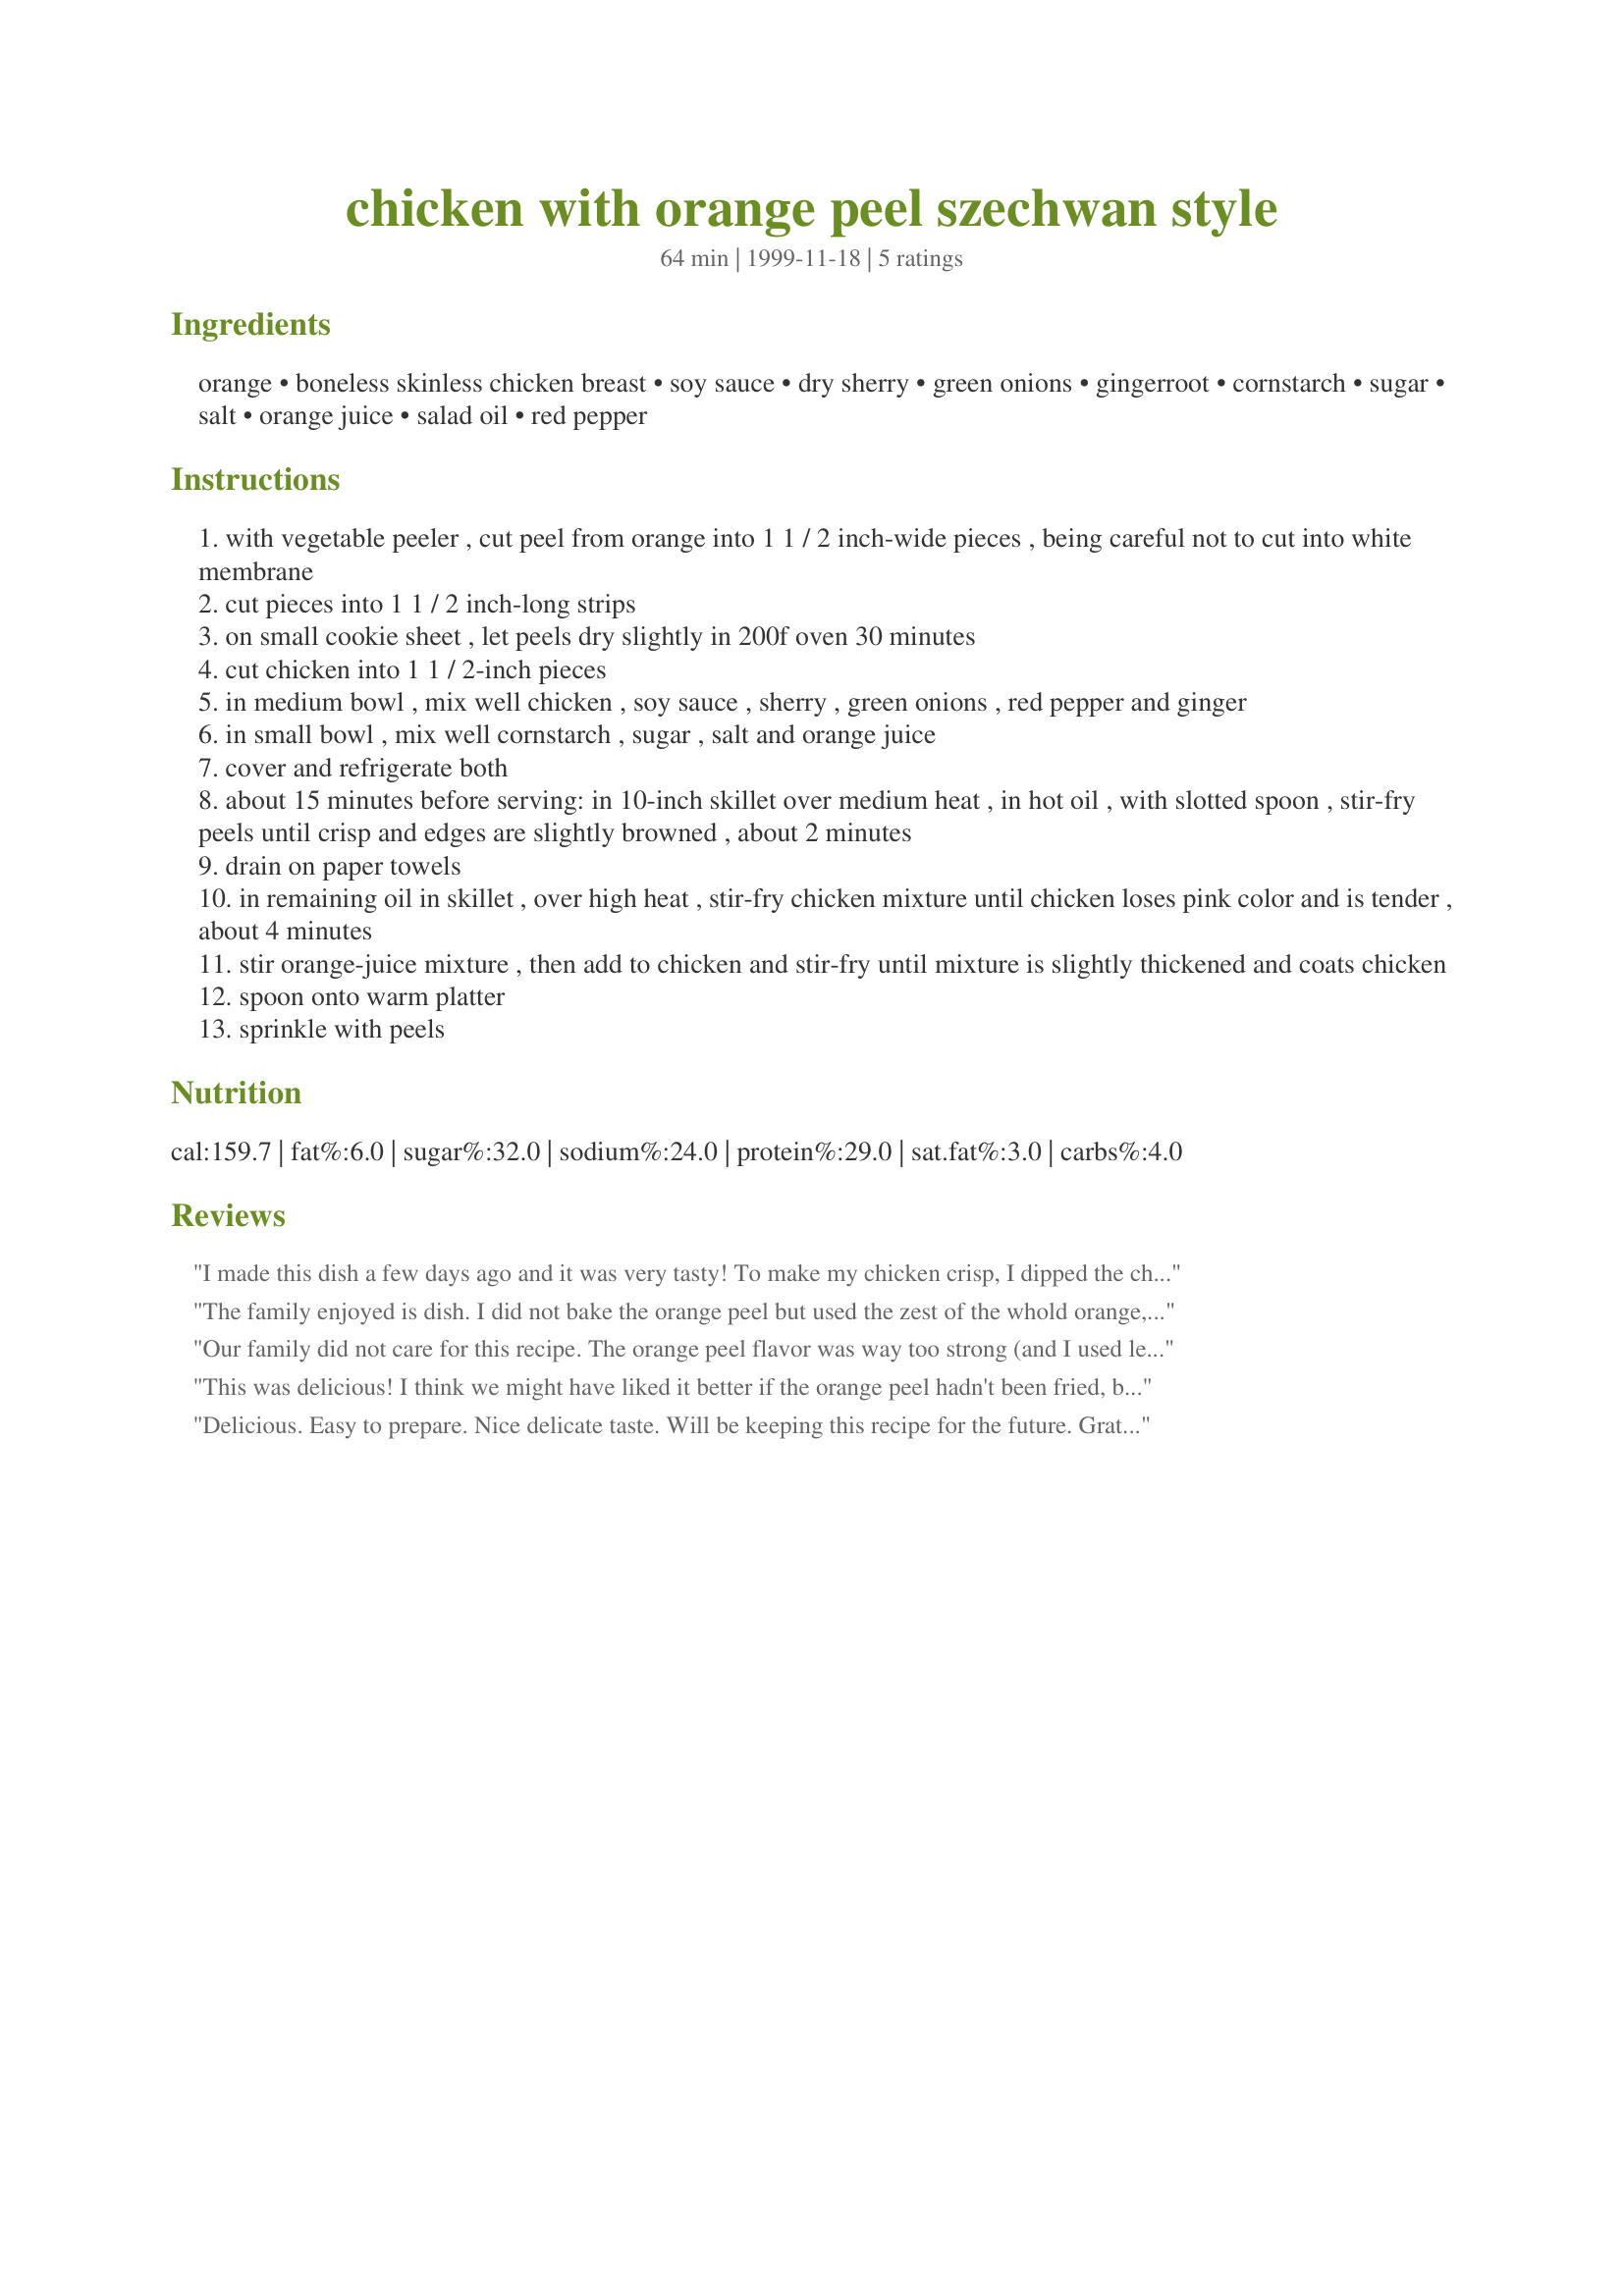
chicken with orange peel szechwan style
Preparation time: 64 minutes

Ingredients:
orange, boneless skinless chicken breast, soy sauce, dry sherry, green onions, gingerroot, cornstarch, sugar, salt, orange juice, salad oil, red pepper

Steps:
with vegetable peeler , cut peel from orange into 1 1 / 2 inch-wide pieces , being careful not to cut into white membrane
cut pieces into 1 1 / 2 inch-long strips
on small cookie sheet , let peels dry slightly in 200f oven 30 minutes
cut chicken into 1 1 / 2-inch pieces
in medium bowl , mix well chicken , soy sauce , sherry , green onions , red pepper and ginger
in small bowl , mix well cornstarch , sugar , salt and orange juice
cover and refrigerate both
about 15 minutes before serving: in 10-inch skillet over medium heat , in hot oil , with slotted spoon , stir-fry peels until crisp and edges are slightly browned , about 2 minutes
drain on paper towels
in remaining oil in skillet , over high heat , stir-fry chicken mixture until chicken loses pink color and is tender , about 4 minutes
stir orange-juice mixture , then add to chicken and stir-fry until mixture is slightly thickened and coats chicken
spoon onto warm platter
sprinkle with peels

Reviews:
I made this dish a few days ago and it was very tasty!

To make my chicken crisp, I dipped the chicken pieces into egg whites then put them into a ziplock bag with flour, a bit of salt and pepper. Shaking to coat well.

This was easy to make and was delicous served with Jasmine rice.
The family enjoyed is dish. I did not bake the orange peel but used the zest of the whold orange, over the top of the platter.
Served with Won Ton soup, egg rolls and white rice, this was better then any "take out or eat out." and about half the cost. Thank you, Dancer.
Our family did not care for this recipe. The orange peel flavor was way too strong (and I used less than 1/2 of the amount called for in the recipe). Sorry Dancer^, we will not be making this again.
This was delicious! I think we might have liked it better if the orange peel hadn't been fried, but I won't know until I try it.
Delicious. Easy to prepare. Nice delicate taste. Will be keeping this recipe for the future. Grat dish for entertaining.
